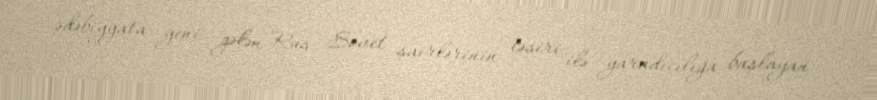
ədəbiyyata yeni gələn Rus Sovet şairlərinin təsiri ilə yaradıcılığa başlayan